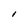
Character: l